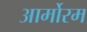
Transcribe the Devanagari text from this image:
आर्मोरम